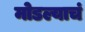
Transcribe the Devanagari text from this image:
मोडल्याचं